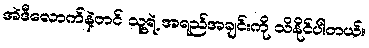
အဲဒီလောက်နဲ့တင် သူ့ရဲ့ အရည်အချင်းကို သိနိုင်ပါတယ်။